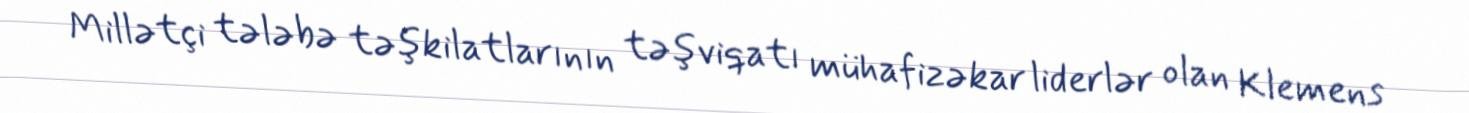
Millətçi tələbə təşkilatlarının təşviqatı mühafizəkar liderlər olan Klemens